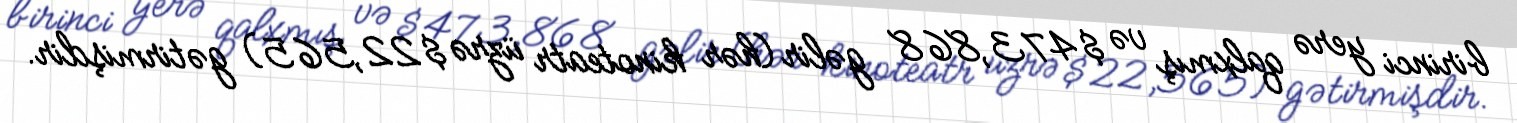
birinci yerə qalxmış və $473,868 gəlir (hər kinoteatr üzrə $22,565) gətirmişdir.